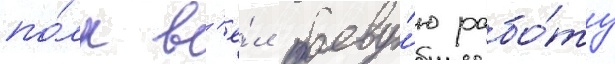
по́лк в'ё́л боеву́ю рабо́ту